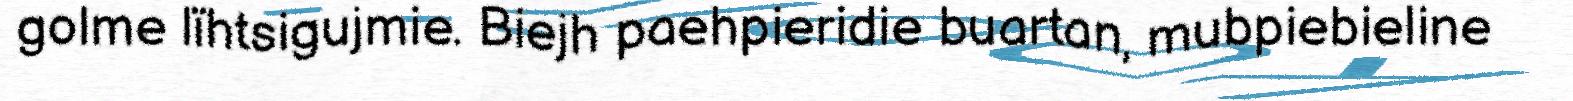
golme lïhtsigujmie. Biejh paehpieridie buartan, mubpiebieline